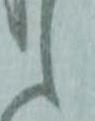
候